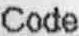
CODE